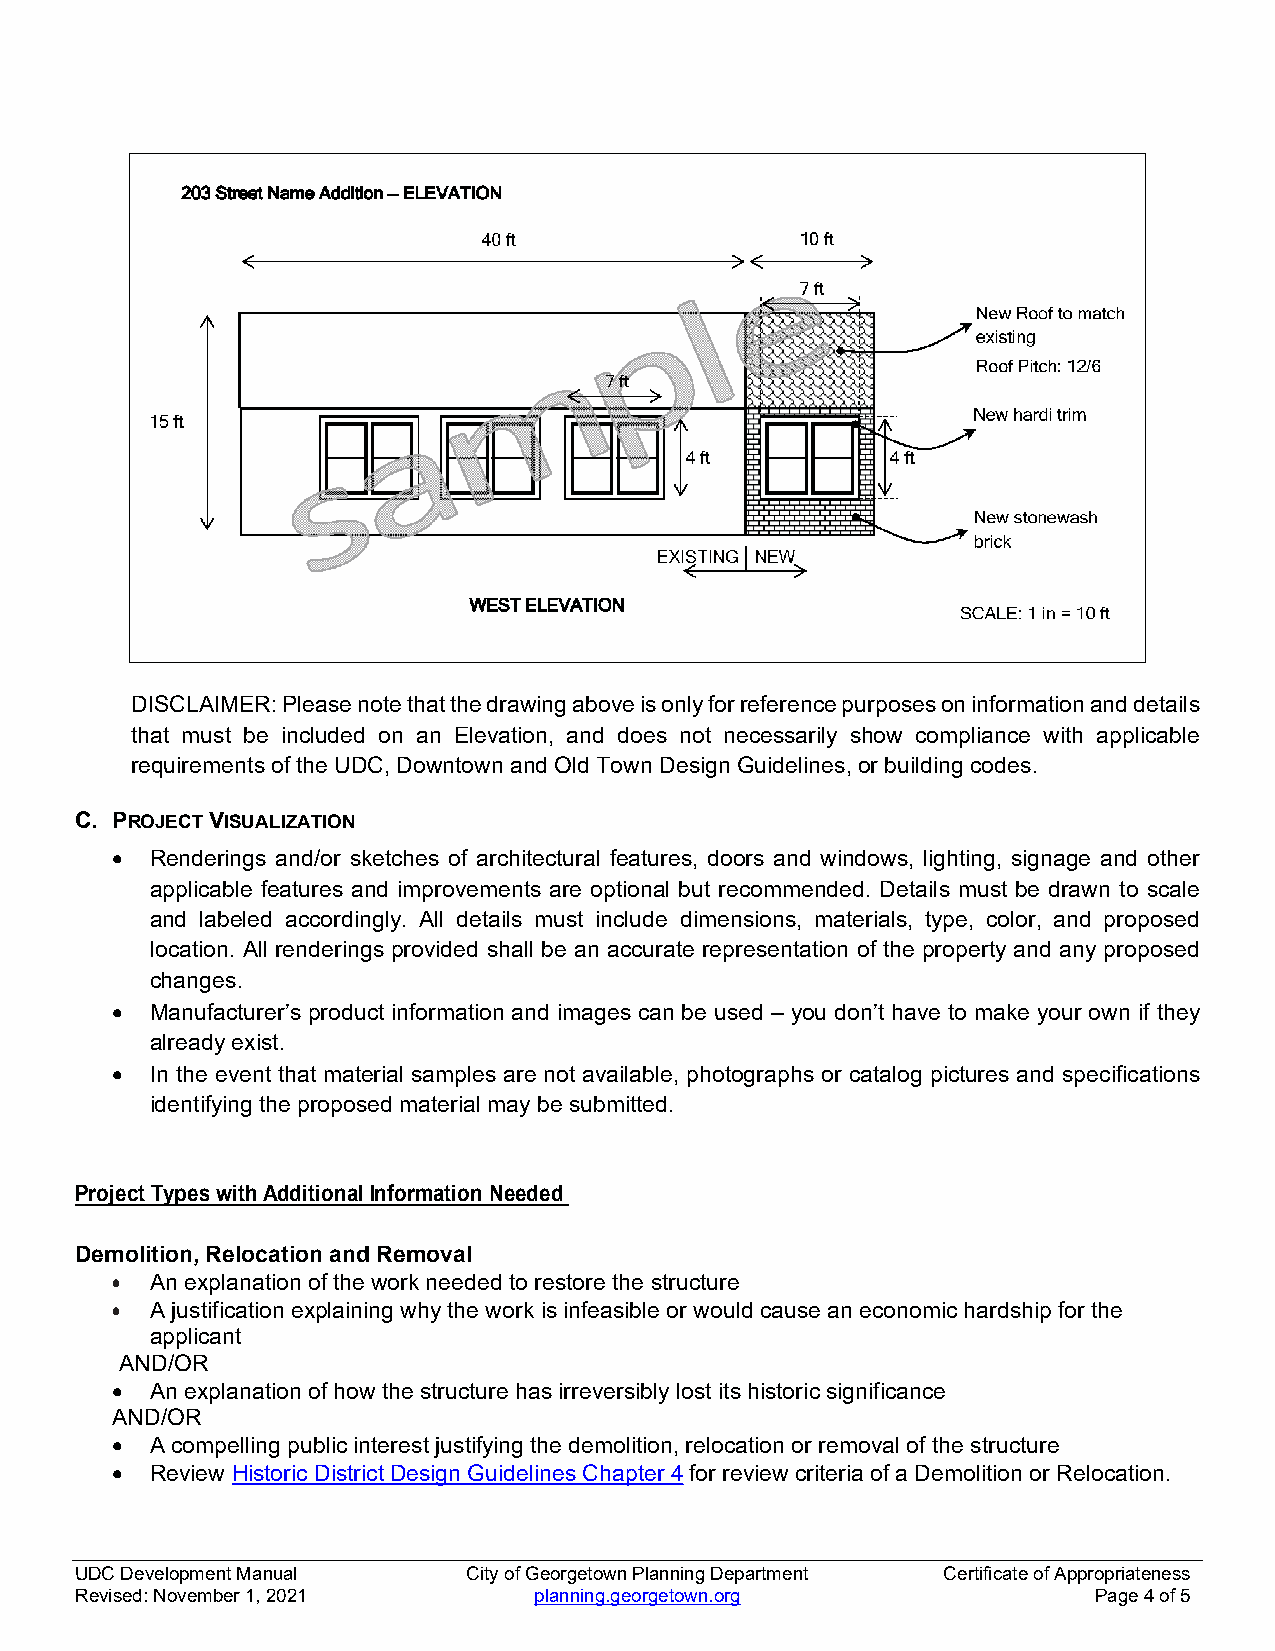
DISCLAIMER: Please note that the drawing above is only for reference purposes on information and details
 that must be included on an Elevation, and does not necessarily show compliance with applicable
 requirements of the UDC, Downtown and Old Town Design Guidelines, or building codes.
 C. PROJECT VISUALIZATION
   Renderings and/or sketches of architectural features, doors and windows, lighting, signage and other
 applicable features and improvements are optional but recommended. Details must be drawn to scale
 and labeled accordingly. All details must include dimensions, materials, type, color, and proposed
 location. All renderings provided shall be an accurate representation of the property and any proposed
 changes.
   Manufacturer’s product information and images can be used – you don’t have to make your own if they
 already exist.
   In the event that material samples are not available, photographs or catalog pictures and specifications
 identifying the proposed material may be submitted.
 Project Types with Additional Information Needed
 Demolition, Relocation and Removal
   An explanation of the work needed to restore the structure
   A justification explaining why the work is infeasible or would cause an economic hardship for the
 applicant
 AND/OR
   An explanation of how the structure has irreversibly lost its historic significance
 AND/OR
   A compelling public interest justifying the demolition, relocation or removal of the structure
   Review Historic District Design Guidelines Chapter 4 for review criteria of a Demolition or Relocation.
 UDC Development Manual    City of Georgetown Planning Department Certificate of Appropriateness
 Revised: November 1, 2021     planning.georgetown.org              Page 4 of 5